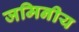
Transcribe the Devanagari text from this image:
जमिनीय